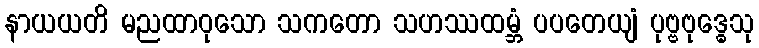
နာယယတိ မညထာဝုသော သကတော သဟဿထမ္ဘံ ပပတေယျံ ပုဗ္ဗဗုဒ္ဓေသု